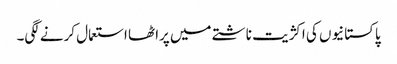
پاکستانیوں کی اکژیت ناشتے میں پراٹھا استعمال کرنے لگی۔